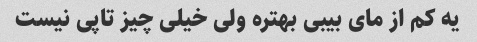
یه کم از مای بیبی بهتره ولی خیلی چیز تاپی نیست